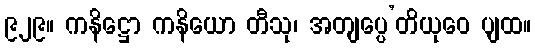
၉၂၉။ ကနိဋ္ဌော ကနိယော တီသု၊ အတျပ္ပေ’တိယုဝေ ပျထ။